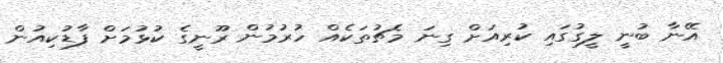
އޭނާ ބުނީ ލީގުގައި ކުރިއަށް ގިނަ މެޗުތަކެއް ހުރުމުން ރޫނީގެ ކުޅުމަށް ފާޑުކިއުން